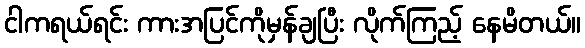
ငါကရယ်ရင်း ကားအပြင်ကိုမှန်ချပြီး လိုက်ကြည့် နေမိတယ်။